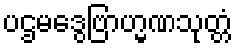
ပဌမဒွေဗြာဟ္မဏသုတ္တံ